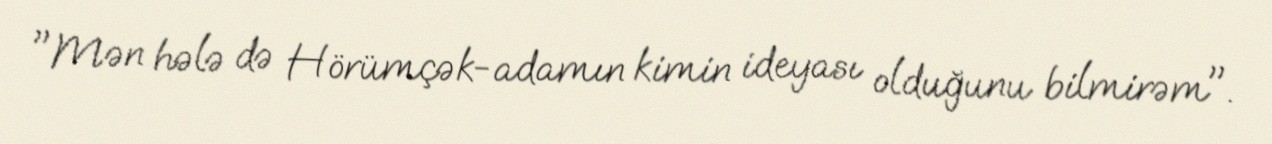
"Mən hələ də Hörümçək-adamın kimin ideyası olduğunu bilmirəm".